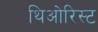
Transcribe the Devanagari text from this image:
थिओरिस्ट